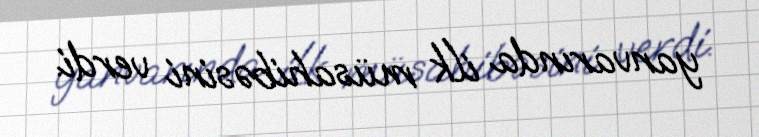
yanvarında ilk müsahibəsini verdi.